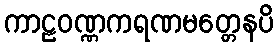
ကာဠဝဏ္ဏကရဏမတ္တေနပိ